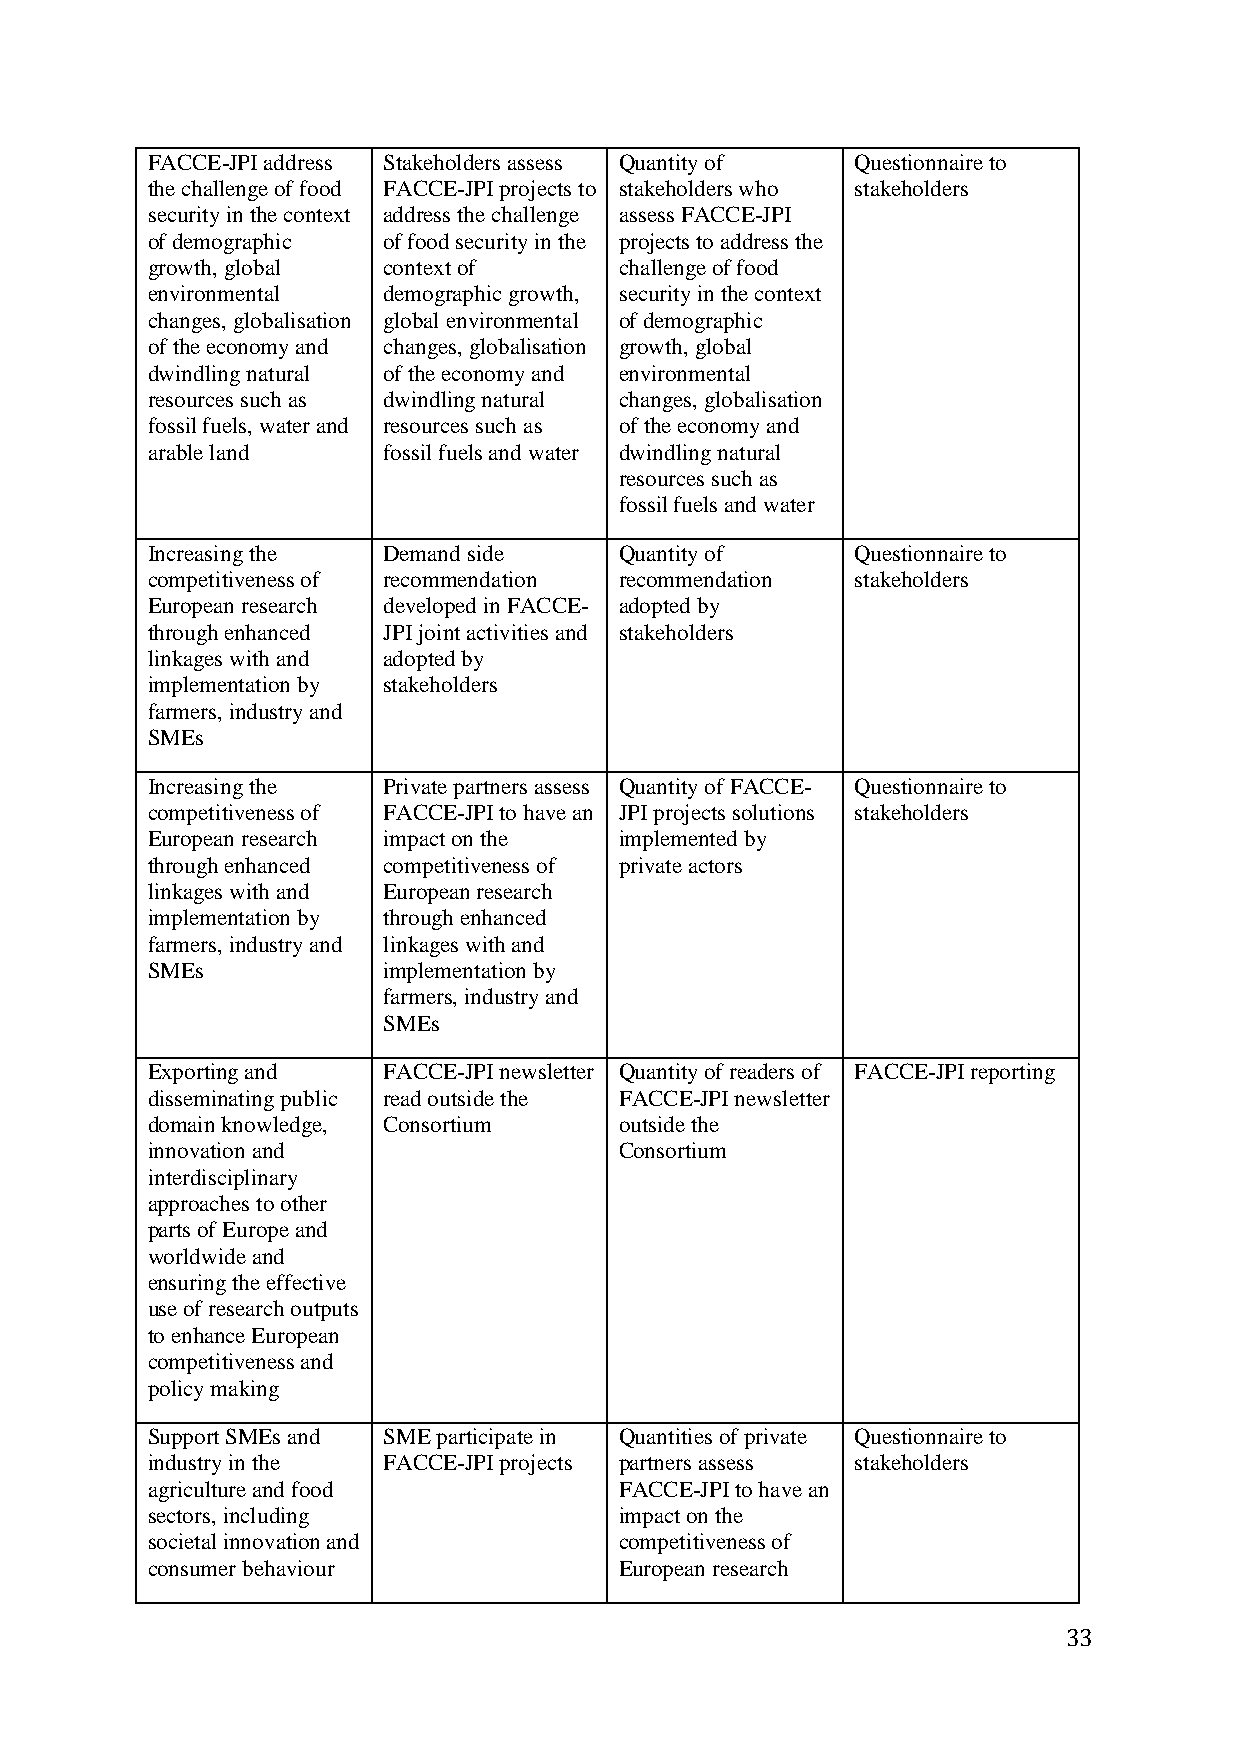
FACCE-JPI address Stakeholders assess Quantity of Questionnaire to
 the challenge of food FACCE-JPI projects to stakeholders who stakeholders
 security in the context address the challenge assess FACCE-JPI
 of demographic of food security in the projects to address the
 growth, global context of      challenge of food
 environmental  demographic growth, security in the context
 changes, globalisation global environmental of demographic
 of the economy and changes, globalisation growth, global
 dwindling natural of the economy and environmental
 resources such as dwindling natural changes, globalisation
 fossil fuels, water and resources such as of the economy and
 arable land    fossil fuels and water dwindling natural
 resources such as
 fossil fuels and water
 Increasing the Demand side     Quantity of     Questionnaire to
 competitiveness of recommendation recommendation stakeholders
 European research developed in FACCE- adopted by
 through enhanced JPI joint activities and stakeholders
 linkages with and adopted by
 implementation by stakeholders
 farmers, industry and
 SMEs
 Increasing the Private partners assess Quantity of FACCE- Questionnaire to
 competitiveness of FACCE-JPI to have an JPI projects solutions stakeholders
 European research impact on the implemented by
 through enhanced competitiveness of private actors
 linkages with and European research
 implementation by through enhanced
 farmers, industry and linkages with and
 SMEs           implementation by
 farmers, industry and
 SMEs
 Exporting and  FACCE-JPI newsletter Quantity of readers of FACCE-JPI reporting
 disseminating public read outside the FACCE-JPI newsletter
 domain knowledge, Consortium   outside the
 innovation and                 Consortium
 interdisciplinary
 approaches to other
 parts of Europe and
 worldwide and
 ensuring the effective
 use of research outputs
 to enhance European
 competitiveness and
 policy making
 Support SMEs and SME participate in Quantities of private Questionnaire to
 industry in the FACCE-JPI projects partners assess stakeholders
 agriculture and food           FACCE-JPI to have an
 sectors, including             impact on the
 societal innovation and        competitiveness of
 consumer behaviour             European research
 33